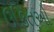
ઉકિતઓ